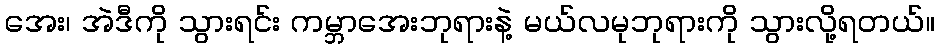
အေး၊ အဲဒီကို သွားရင်း ကမ္ဘာအေးဘုရားနဲ့ မယ်လမုဘုရားကို သွားလို့ရတယ်။